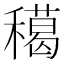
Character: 𥢸